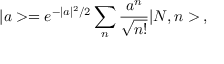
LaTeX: | a > = e ^ { - | a | ^ { 2 } / 2 } \sum _ { n } \frac { a ^ { n } } { \sqrt { n ! } } | N , n > \, ,